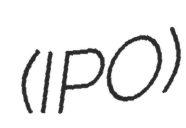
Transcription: (IPO)